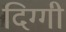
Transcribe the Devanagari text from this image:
दिग्गी